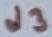
Text: d3